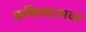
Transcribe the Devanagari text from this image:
छबिलदासवर